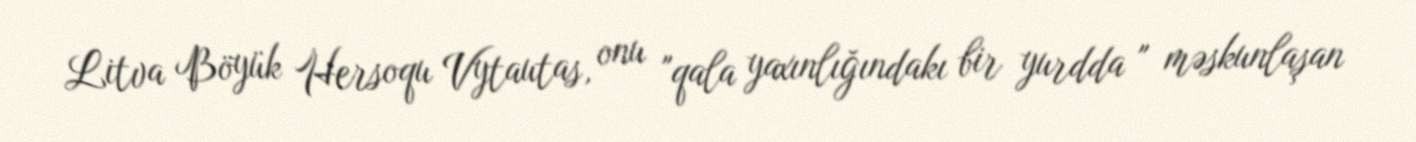
Litva Böyük Hersoqu Vytautas, onu "qala yaxınlığındakı bir yurdda " məskunlaşan